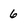
Character: 6